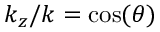
k _ { z } / k = \cos ( \theta )